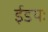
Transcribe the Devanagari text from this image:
ईडयः